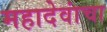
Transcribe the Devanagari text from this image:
महादेवांचा